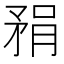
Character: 𪿇